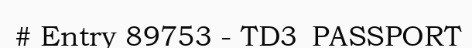
# Entry 89753 - TD3_PASSPORT